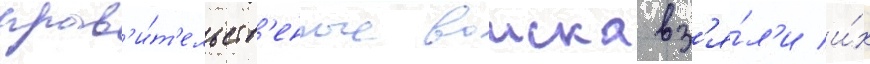
прав'и́т'ельств'енные воиска вз'я́л'и и́х